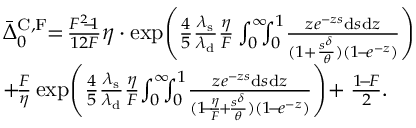
\begin{array} { r l } & { \bar { \Delta } _ { 0 } ^ { \mathrm { C , F } } \! \! = \! \frac { F ^ { 2 } \! \! - \! \! 1 } { 1 2 F } \eta \cdot \exp \! { \Bigg ( \frac { 4 } { 5 } \frac { \lambda _ { \mathrm { s } } } { \lambda _ { \mathrm { d } } } \frac { \eta } { F } \int _ { 0 } ^ { \infty } \! \! \! \int _ { 0 } ^ { 1 } \! \frac { z e ^ { - z s } \mathrm { d } s \mathrm { d } z } { ( 1 + \frac { s ^ { \delta } } { \theta } ) ( 1 \! - \! e ^ { - z } ) } \Bigg ) } } \\ & { + \! \frac { F } { \eta } \exp \! { \Bigg ( \frac { 4 } { 5 } \frac { \lambda _ { \mathrm { s } } } { \lambda _ { \mathrm { d } } } \frac { \eta } { F } \! \int _ { 0 } ^ { \infty } \! \! \! \int _ { 0 } ^ { 1 } \! \frac { z e ^ { - z s } \mathrm { d } s \mathrm { d } z } { ( 1 \! \! - \! \! \frac { \eta } { F } \! + \! \frac { s ^ { \delta } } { \theta } ) ( 1 \! - \! e ^ { - z } ) } \Bigg ) } \! + \frac { 1 \! - \! F } { 2 } . } \end{array}